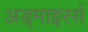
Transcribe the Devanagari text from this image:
अड्माइरर्स